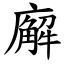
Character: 廨